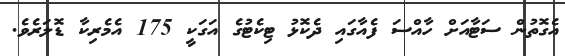
އެގޮތުން ސަޓާއަށް ހާއްސަ ފެއާގައި ދެކޮޅު ޓިކެޓުގެ އަގަކީ 175 އެމެރިކާ ޑޮލަރެވެ.